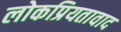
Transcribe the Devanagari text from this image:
लोकप्रियतावाद